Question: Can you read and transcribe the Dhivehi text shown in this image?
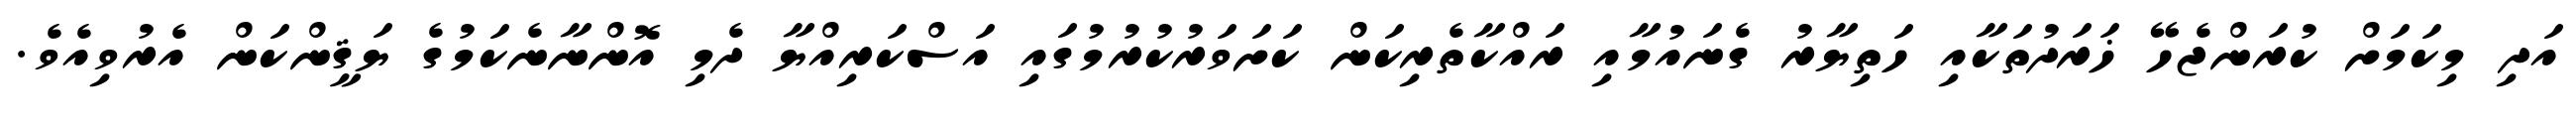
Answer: އަދި މިކަމަށް ކުރަންޖެހޭ ޚަރަދުތަކާއި ހަތިޔާރު ގެނައުމާއި ރައްކާތެރިކަން ކަށަވަރުކުރުމުގައި އަސްކަރިއްޔާ ދެމި އޮންނާނެކަމުގެ ޔަޤީންކަން އެރުވިއެވެ.